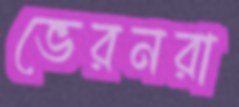
ভেরনরা